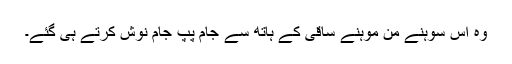
وہ اس سوہنے من موہنے ساقی کے ہاتھ سے جام پپ جام نوش کرتے ہی گئے۔